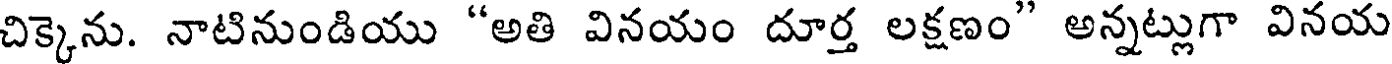
చిక్కెను. నాటినుండియు "అతి వినయం దూర్త లక్షణం" అన్నట్లుగా వినయ